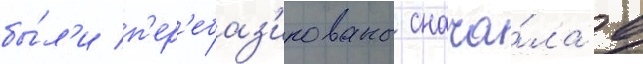
бы́л'и п'ер'ебаз'ированы снача́ла в